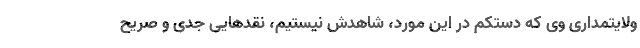
ولایتمداری وی که دستکم در این مورد، شاهدش نیستیم، نقدهایی جدی و صریح